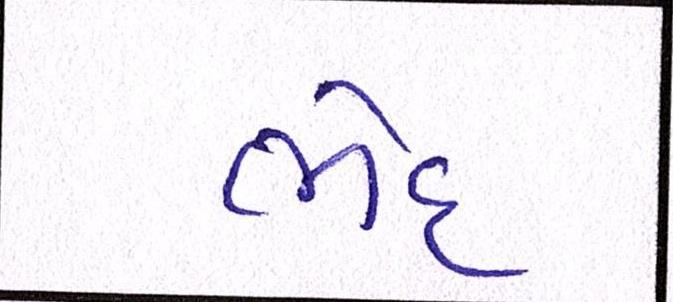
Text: ભેદ